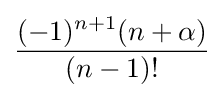
{\frac {(-1)^{n+1}(n+\alpha )}{(n-1)!}}